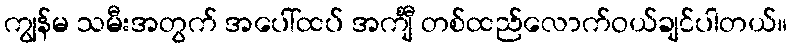
ကျွန်မ သမီးအတွက် အပေါ်ထပ် အင်္ကျီ တစ်ထည်လောက်ဝယ်ချင်ပါတယ်။